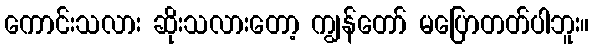
ကောင်းသလား ဆိုးသလားတော့ ကျွန်တော် မပြောတတ်ပါဘူး။